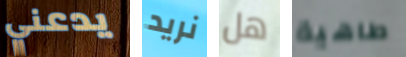
يدعني نريد هل طاهية